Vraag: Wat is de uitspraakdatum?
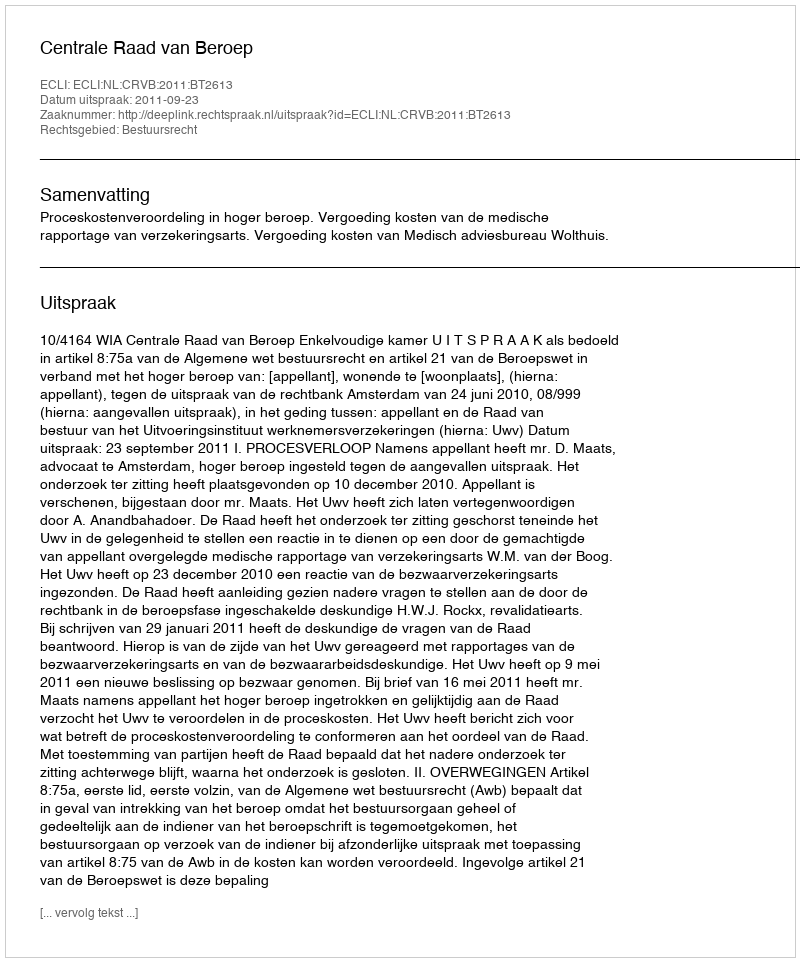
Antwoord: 2011-09-23